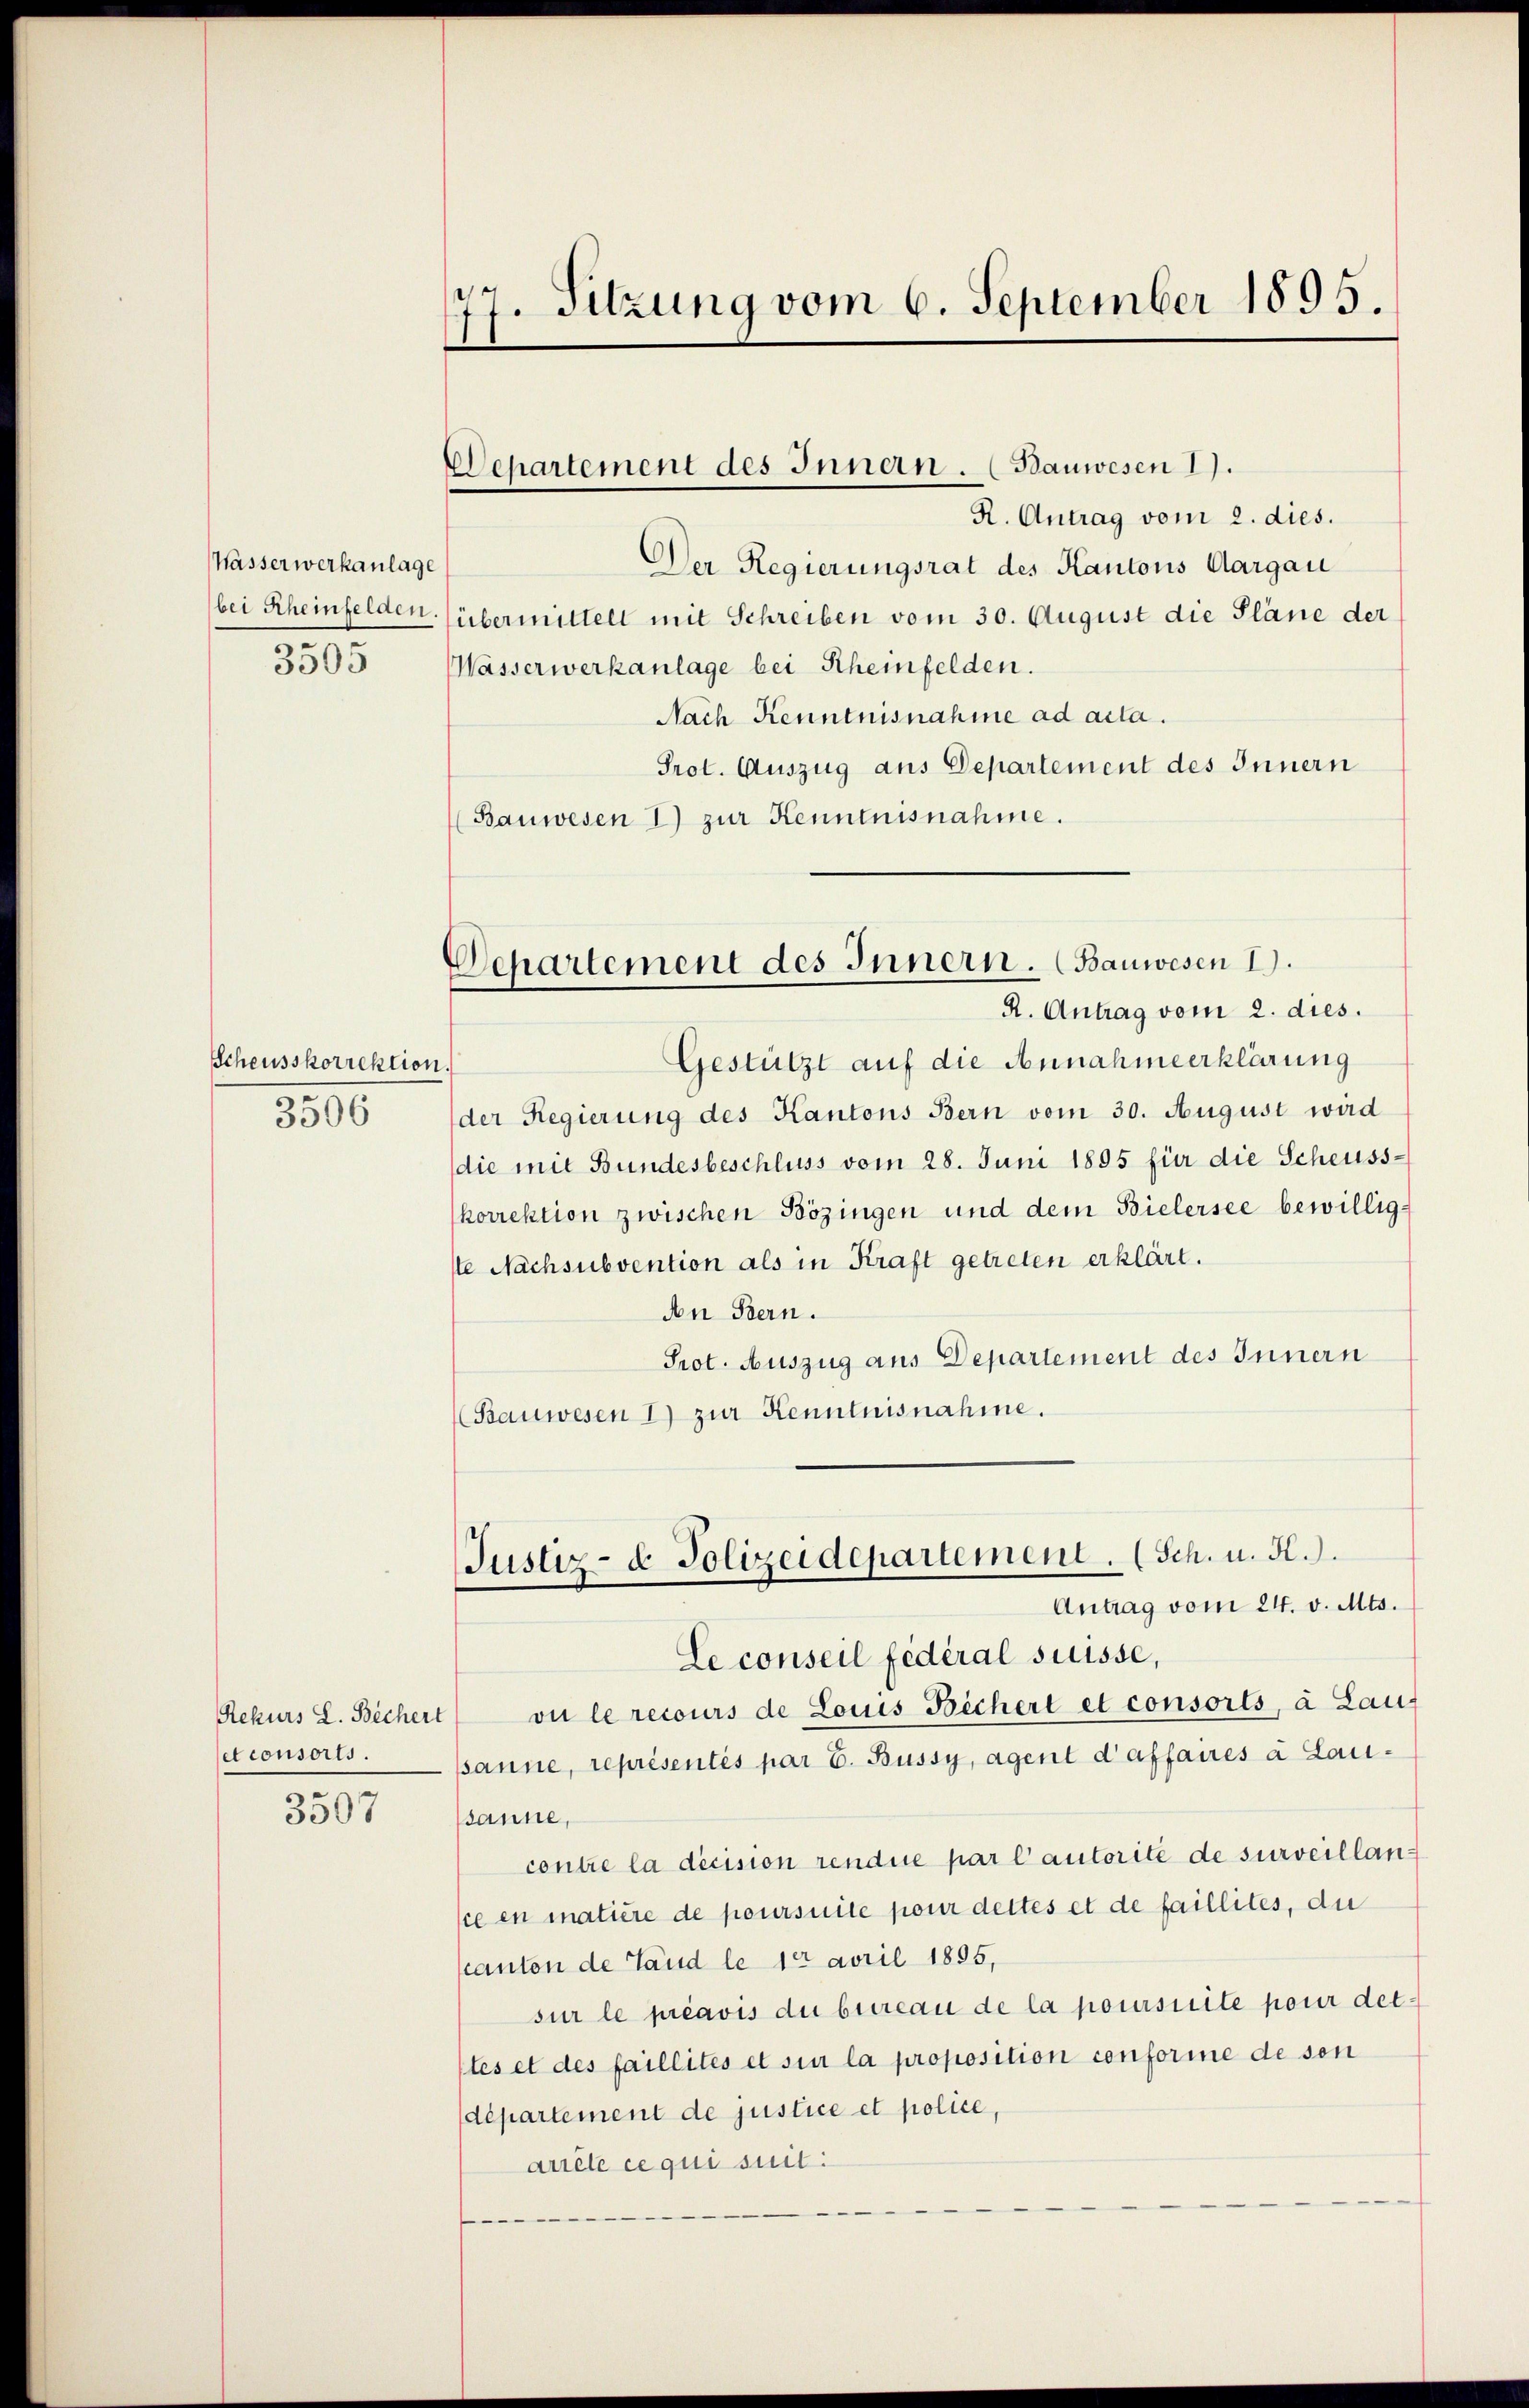
Wasserwerkanlage
bei Scheinfelden
3505

Scheusskorrektion.
3506

Rekurs L. Bechert
set consorts.

3507

77. Sitzung vom 6. September 1895.

Departement des Innen. (Bauwesen 1).

R. Antrag vom 2. dies.
Der Regierungsrat des Kantons Aargau
sübermittelt mit Schreiben vom 30. August die Pläne der
Wasserwerkanlage bei Rheinfelden.
Nach Kenntnisnahme ad acta.
Prot. Auszug aus Departement des Innern
(Bauwesen I.) zur Kenntnisnahme.

Departement des Innern. (Bauwesen I.
R. Antrag vom 2. dies.

Gestützt auf die Annahmeerklärung
der Regierung des Kantons Bern vom 30. August wird
die mit Bundesbeschluss vom 28. Juni 1895 für die Scheuss-
korrektion zwischen Bözingen und dem Bielersee bewilligste Nachsubvention als in Kraft getreten erklärt.
An Bern.
Prot. Auszug aus Departement des Innern
Bauwesen 1) zur Kenntnisnahme.
Le conseil fédéral suisse,
vu le recours de Louis Bechert et consorts, à Lauf
sanne, représentés par E. Bussy, agent d’affaires a Lausanne,
contre la décision rendue par l’autorite de surveillansce en matière de poursuite pour dettes et de faillites, die
kanton de Land le 10 April 1895,
sur le préavis du bureau de la poursuite pour dettes et des faillités et sie la proposition conforme de sen
departement de justice et police,
arrête ce qui suit:

Justiz- & Polizeidepartement. (Sch. u. A.).
Antrag vom 24. v. Mts.